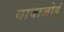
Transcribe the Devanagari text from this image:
वावाजोडुं